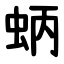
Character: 蛃